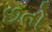
છતો